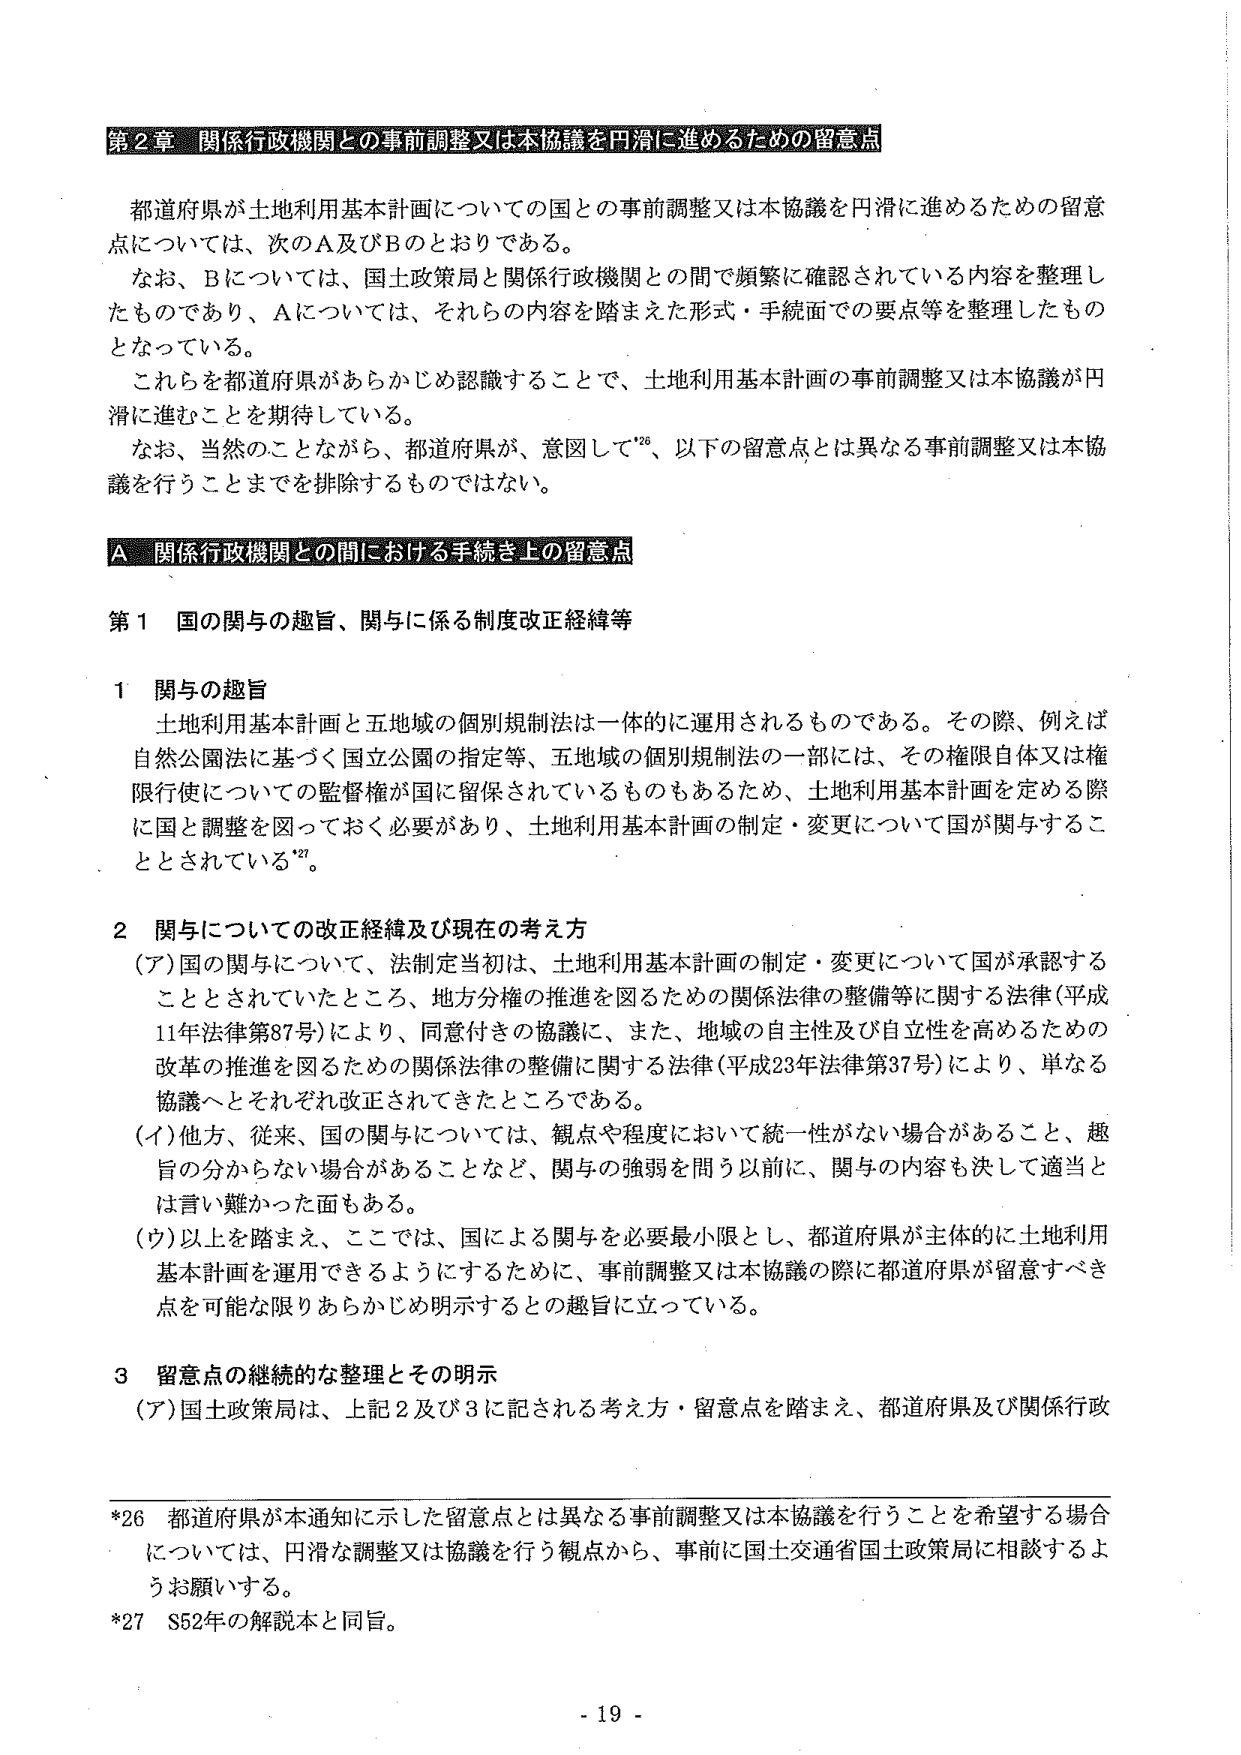
第2章 関係行政機関との事前調整又は本協議を円滑に進めるための留意点

都道府県が土地利用基本計画についての国との事前調整又は本協議を円滑に進めるための留意点については、次のA及びBのとおりである。

なお、Bについては、国土政策局と関係行政機関との間で頻繁に確認されている内容を整理したものであり、Aについては、それらの内容を踏まえた形式・手続面での要点等を整理したものとなっている。

これらを都道府県があらかじめ認識することで、土地利用基本計画の事前調整又は本協議が円滑に進むことを期待している。

なお、当然のことながら、都道府県が、意図して*26、以下の留意点とは異なる事前調整又は本協議を行うことまでを排除するものではない。

A 関係行政機関との間における手続き上の留意点

第1 国の関与の趣旨、関与に係る制度改正経緯等

1 関与の趣旨

土地利用基本計画と五地域の個別規制法は一体的に運用されるものである。その際、例えば自然公園法に基づく国立公園の指定等、五地域の個別規制法の一部には、その権限自体又は権限行使についての監督権が国に留保されているものもあるため、土地利用基本計画を定める際に国と調整を図っておく必要があり、土地利用基本計画の制定・変更について国が関与することとされている*27。

2 関与についての改正経緯及び現在の考え方

(ア) 国の関与について、法制定当初は、土地利用基本計画の制定・変更について国が承認することとされていたところ、地方分権の推進を図るための関係法律の整備等に関する法律（平成11年法律第87号）により、同意付きの協議に、また、地域の自主性及び自立性を高めるための改革の推進を図るための関係法律の整備に関する法律（平成23年法律第37号）により、単なる協議へとそれぞれ改正されてきたところである。

(イ) 他方、従来、国の関与については、観点や程度において統一性がない場合があること、趣旨の分からないう場合があることなど、関与の強弱を問う以前に、関与の内容も決して適当とは言い難かった面もある。

(ウ) 以上を踏まえ、ここでは、国による関与を必要最小限とし、都道府県が主体的に土地利用基本計画を運用できるようにするために、事前調整又は本協議の際に都道府県が留意すべき点を可能な限りあらかじめ明示するとの趣旨に立っている。

3 留意点の継続的な整理とその明示

(ア) 国土政策局は、上記2及び3に記される考え方・留意点を踏まえ、都道府県及び関係行政

*26 都道府県が本通知に示した留意点とは異なる事前調整又は本協議を行うことを希望する場合については、円滑な調整又は協議を行う観点から、事前に国土交通省国土政策局に相談するようお願いする。

*27 S52年の解説本と同旨。

- 19 -